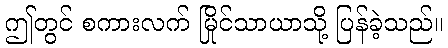
ဤတွင် စကားလက် မြိုင်သာယာသို့ ပြန်ခဲ့သည်။